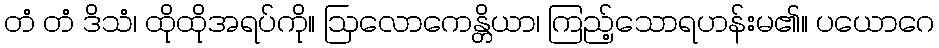
တံ တံ ဒိသံ၊ ထိုထိုအရပ်ကို။ ဩလောကေန္တိယာ၊ ကြည့်သောရဟန်းမ၏။ ပယောဂေ